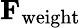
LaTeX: \mathbf{F}_{\mathrm{weight}}